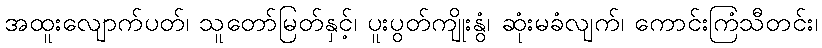
အထူးလျောက်ပတ်၊ သူတော်မြတ်နှင့်၊ ပူးပွတ်ကျိုးနွံ၊ ဆုံးမခံလျက်၊ ကောင်းကြံသီတင်း၊